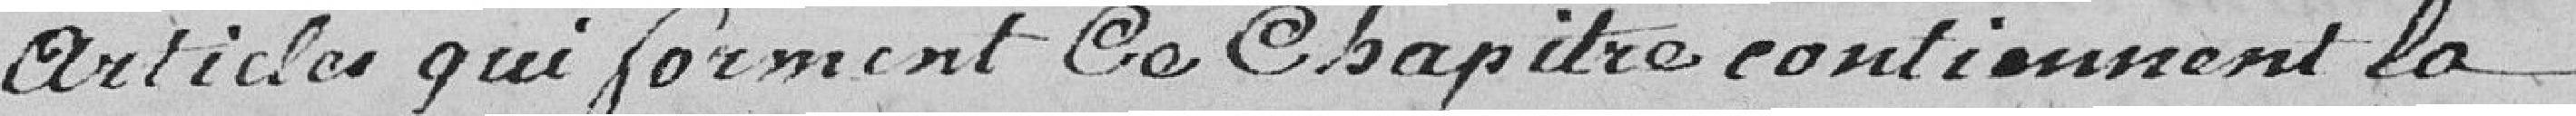
articles qui forment ce chapitre contiennent la